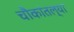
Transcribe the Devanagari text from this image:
चौकांतल्या